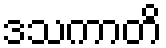
ဒသကာတိ